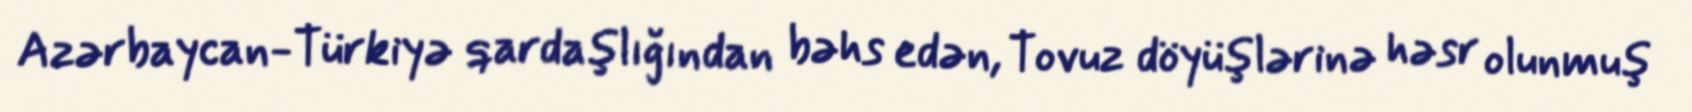
Azərbaycan-Türkiyə qardaşlığından bəhs edən, Tovuz döyüşlərinə həsr olunmuş